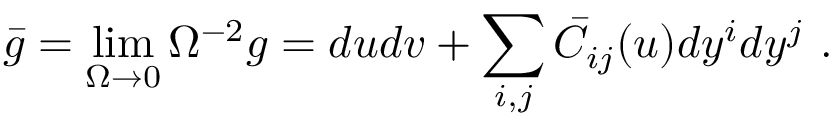
\bar { g } = \operatorname * { l i m } _ { \Omega \to 0 } \Omega ^ { - 2 } g = d u d v + \sum _ { i , j } \bar { C } _ { i j } ( u ) d y ^ { i } d y ^ { j } ~ .